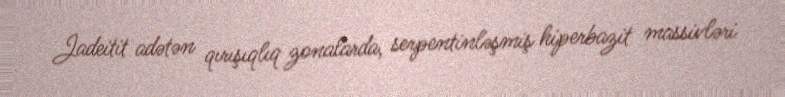
Jadeitit adətən qırışıqlıq zonalarda, serpentinləşmiş hiperbazit massivləri